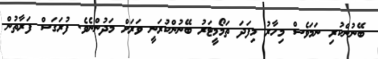
ބޭނުންކުރި ނަމަވެސް މިހާރު މިފަދަ ތަމޯމީޓަރު ބޭނުންކުރަނީ ވަރަށް މަދުންނެވެ. ފުރަގަސް ފަރާތުން